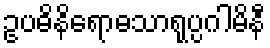
ဥပဓိနိရောဓသာရုပ္ပဂါမိနီ